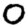
Digit: 0